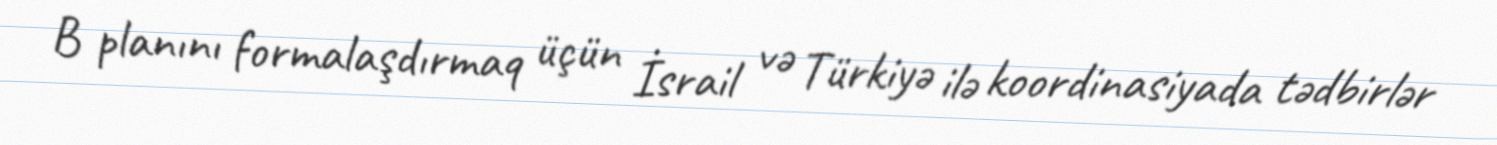
B planını formalaşdırmaq üçün İsrail və Türkiyə ilə koordinasiyada tədbirlər